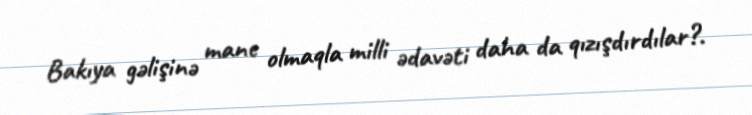
Bakıya gəlişinə mane olmaqla milli ədavəti daha da qızışdırdılar?.